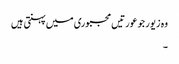
وہ زیور جو عورتیں مجبوری میں پہنتی ہیں
۔